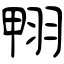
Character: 翈